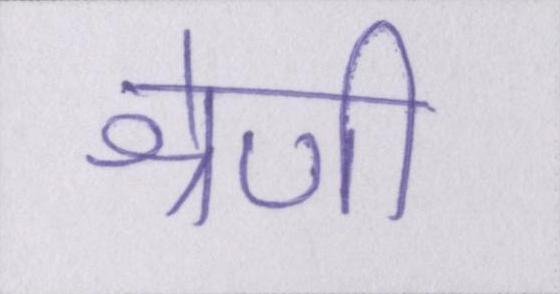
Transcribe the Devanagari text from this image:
श्रेणी